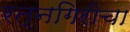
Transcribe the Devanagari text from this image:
रत्नगिरीचा